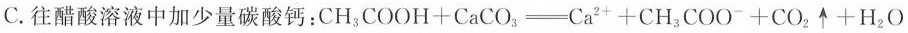
C.往醋酸溶液中加少量碳酸钙：$$C H _ { 3 } C O O H + C a C O 3 _ { 3 } - C a _ { 2 + }+ C H _ { 3 } C O O + C O _ { 2 } \uparrow + H _ { 2 } O$$